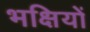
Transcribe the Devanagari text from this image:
भक्षियों